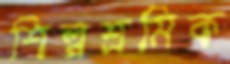
শিল্পশ্রমিক